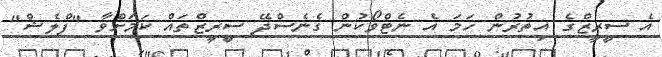
އެ ސީރީޒްގެ އިތުރުން ހަމަ އެ ނެޓްވޯކުން ގެނެސްދޭ ސީރީޒްތައް ކަމަށްވާ "ފްލެޝް"